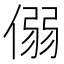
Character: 𪝟